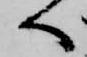
へ